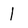
Character: 1